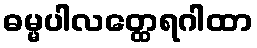
ဓမ္မပါလတ္ထေရဂါထာ